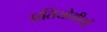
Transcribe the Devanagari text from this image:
प्रतियोगीयों